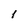
Character: F